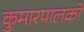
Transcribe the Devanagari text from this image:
कुमारपालको